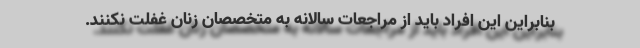
بنابراین این افراد باید از مراجعات سالانه به متخصصان زنان غفلت نکنند.